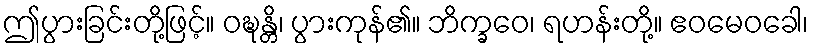
ဤပွားခြင်းတို့ဖြင့်။ ဝဍ္ဎန္တိ၊ ပွားကုန်၏။ ဘိက္ခဝေ၊ ရဟန်းတို့။ ဧဝမေဝခေါ၊